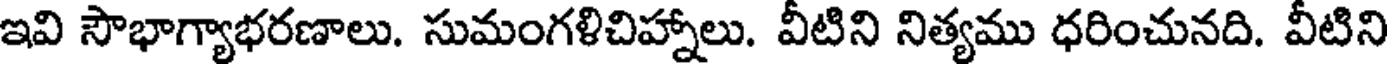
ఇవి సౌభాగ్యాభరణాలు. సుమంగళిచిహ్నాలు. వీటిని నిత్యము ధరించునది. వీటిని